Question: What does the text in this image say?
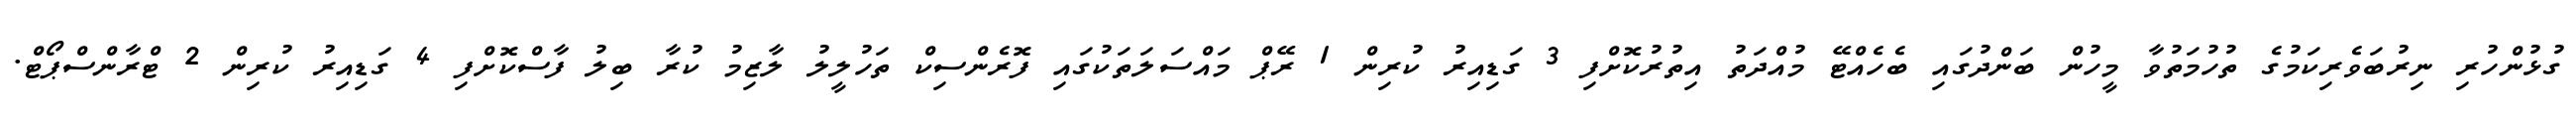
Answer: ގުޅުންހުރި ނިރުބަވެރިކަމުގެ ތުހުމަތުވާ މީހުން ބަންދުގައި ބެހެއްޓޭ މުއްދަތު އިތުރުކޮށްފި 3 ގަޑިއިރު ކުރިން 1 ރޭޕް މައްސަލަތަކުގައި ފޮރެންސިކް ތަހުލީލު ލާޒިމު ކުރާ ބިލު ފާސްކޮށްފި 4 ގަޑިއިރު ކުރިން 2 ޓްރާންސްޕޯޓް.